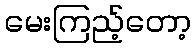
မေးကြည့်တော့